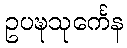
ဥပဍ္ဎသုင်္ကေန